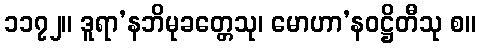
၁၁၇၂။ ဒူရာ’နဘိမုခတ္တေသု၊ မောဟာ’နဝဋ္ဌိတီသု စ။